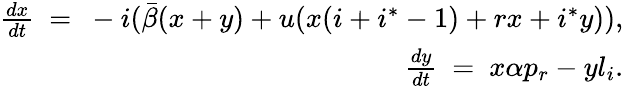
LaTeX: \begin{array}{r}{\frac{dx}{dt}\ =\ -i(\bar{\beta}(x+y)+u(x(i+i^{*}-1)+rx+i^{*}y)),}\\ {\ \ \ \ \frac{dy}{dt}\ =\ x\alpha p_{r}-yl_{i}.}\end{array}